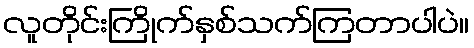
လူတိုင်းကြိုက်နှစ်သက်ကြတာပါပဲ။